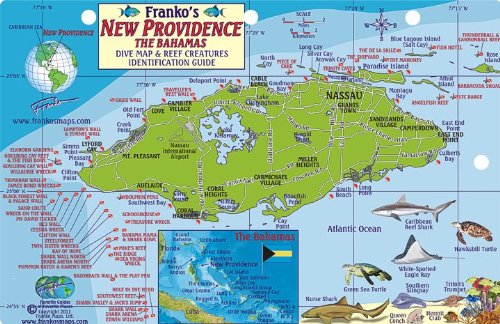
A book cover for New Providence Bahamas Dive Map & Reef Creatures Guide Franko Maps Laminated Fish Card; Franko Maps Ltd.; Travel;